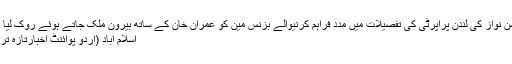
حسن نواز کی لندن پراپرٹی کی تفصیلات میں مدد فراہم کرنیوالے بزنس مین کو عمران خان کے ساتھ بیرون ملک جاتے ہوئے روک لیا گیا
اسلام آباد (اُردو پوائنٹ اخبارتازہ ترین۔